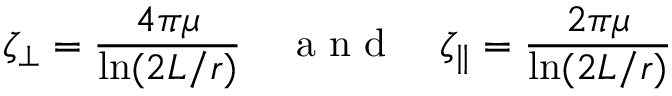
\zeta _ { \perp } = \frac { 4 \pi \mu } { \ln ( 2 L / r ) } \quad \mathrm { ~ a ~ n ~ d ~ } \quad \zeta _ { \parallel } = \frac { 2 \pi \mu } { \ln ( 2 L / r ) }